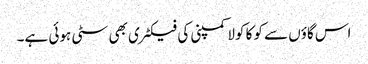
اس گاؤں سے کوکا کولا کمپنی کی فیکٹری بھی سٹی ہوئی ہے۔